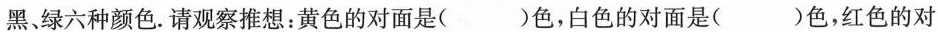
黑、绿六种颜色。请观察推想：黄色的对面是()色，白色的对面是()色，红色的